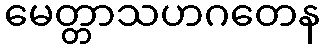
မေတ္တာသဟဂတေန